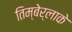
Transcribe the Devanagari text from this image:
तिम्बेर्लाके